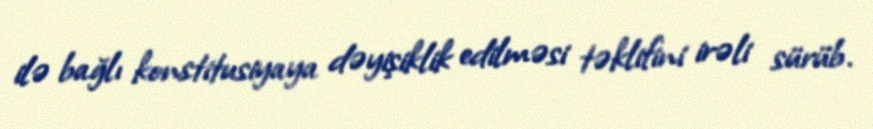
ilə bağlı konstitusiyaya dəyişiklik edilməsi təklifini irəli sürüb.